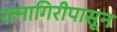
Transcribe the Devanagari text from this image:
रत्‍नागिरीपासून